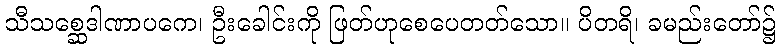
သီသစ္ဆေဒါဏာပကေ၊ ဦးခေါင်းကို ဖြတ်ဟုစေပေတတ်သော။ ပိတရိ၊ ခမည်းတော်၌